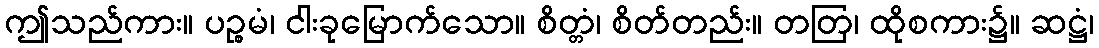
ဤသည်ကား။ ပဉ္စမံ၊ ငါးခုမြောက်သော။ စိတ္တံ၊ စိတ်တည်း။ တတြ၊ ထိုစကား၌။ ဆဋ္ဌံ၊